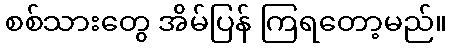
စစ်သားတွေ အိမ်ပြန် ကြရတော့မည်။